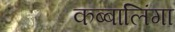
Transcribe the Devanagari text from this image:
कब्बालिंगा